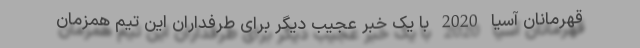
قهرمانان آسیا 2020 با یک خبر عجیب دیگر برای طرفداران این تیم همزمان